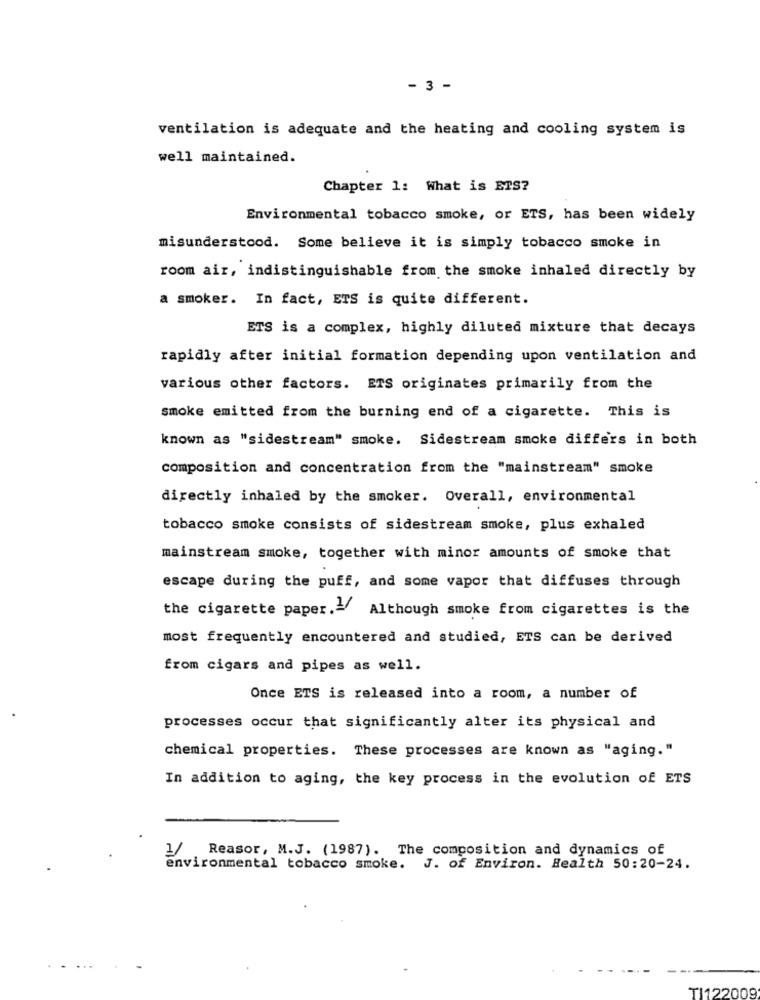
- 3 -
ventilation is adequate and the heating and cooling system is
well maintained.
Chapter 1: What is ETS?
Environmental tobacco smoke, or ETS, has been widely
misunderstood. Some believe it is simply tobacco smoke in
room air, indistinguishable from the smoke inhaled directly by
a smoker. In fact, ETS is quite different.
ETS is a complex, highly diluted mixture that decays
rapidly after initial formation depending upon ventilation and
various other factors. ETS originates primarily from the
smoke emitted from the burning end of a cigarette. This is
known as "sidestream" smoke. Sidestream smoke differs in both
composition and concentration from the "mainstream" smoke
directly inhaled by the smoker. Overall, environmental
tobacco smoke consists of sidestream smoke, plus exhaled
mainstream smoke, together with minor amounts of smoke that
escape during the puff, and some vapor that diffuses through
the cigarette paper. - Although smoke from cigarettes is the
most frequently encountered and studied, ETS can be derived
from cigars and pipes as well.
Once ETS is released into a room, a number of
processes occur that significantly alter its physical and
chemical properties. These processes are known as "aging."
In addition to aging, the key process in the evolution of ETS
1/
Reasor, M.J. (1987). The composition and dynamics of
environmental tobacco smoke. J. of Environ. Health 50:20-24.
...
TI122009